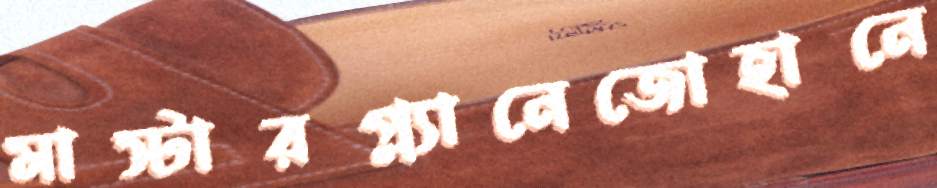
মাস্টারপ্ল্যানেজোহানে